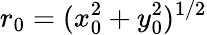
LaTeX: r_{0}=(x_{0}^{2}+y_{0}^{2})^{1/2}